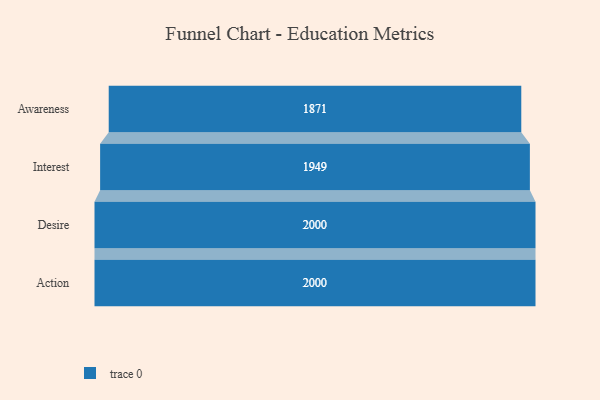
{"axis": {"x": "Stage", "y": "Value"}, "legend": [""], "data": [{"x": "Awareness", "y": 1871.0, "type": ""}, {"x": "Interest", "y": 1949.0, "type": ""}, {"x": "Desire", "y": 2000, "type": ""}, {"x": "Action", "y": 2000, "type": ""}]}